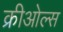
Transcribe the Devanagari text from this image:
क्रीओल्स